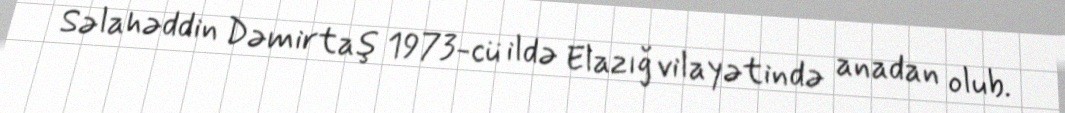
Səlahəddin Dəmirtaş 1973-cü ildə Elazığ vilayətində anadan olub.